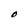
Character: O